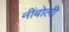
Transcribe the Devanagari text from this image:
नींबोली